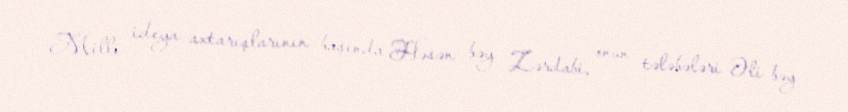
Milli ideya axtarışlarının başında Həsən bəy Zərdabi, onun tələbələri Əli bəy